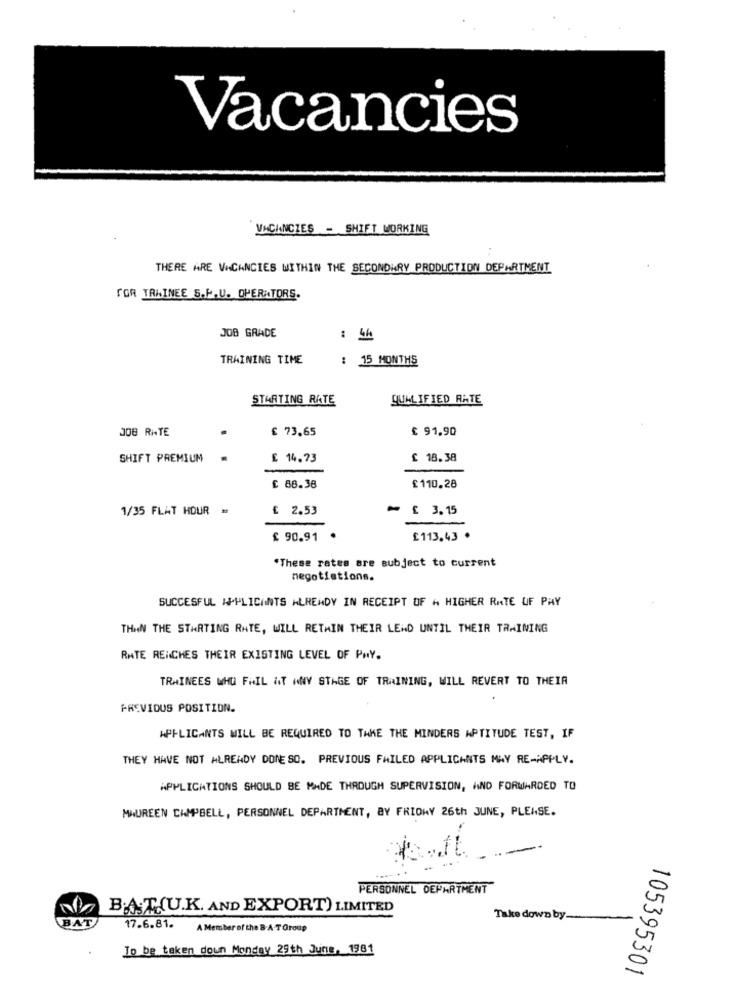
Vacancies
VACANCIES - SHIFT WORKING
THERE ARE VACANCIES WITHIN THE SECONDARY PRODUCTION DEPARTMENT
FOR TRAINEE S.P.U. OPERATORS.
JOB GRADE
: 44
TRAINING TIME
: 15 MONTHS
STARTING RATE
QUALIFIED RATE
£ 73.65
€ 91,90
JOB RATE
SHIFT PREMIUM
€ 14.73
£ 18.38
£ 88.36
£110.28
1/35 FLAT HOUR =
£ 2.53
- £ 3.15
£ 90.91
£113.43 .
*These rates are subject to current
negotiations.
SUCCESFUL APPLICANTS ALREADY IN RECEIPT OF A HIGHER RATE OF PAY
THAN THE STARTING RATE, WILL RETAIN THEIR LEND UNTIL THEIR TRAINING
RATE REICHES THEIR EXISTING LEVEL OF PAY.
TRAINEES WHO FAIL AT WNY STAGE OF TRAINING, WILL REVERT TO THEIR
PREVIOUS POSITION.
APPLICANTS WILL BE REQUIRED TO TAKE THE MINDERS APTITUDE TEST, IF
THEY HAVE NOT ALREADY DONE SO. PREVIOUS FAILED APPLICANTS MAY RE-APPLY.
APPLICATIONS SHOULD BE MADE THROUGH SUPERVISION, AND FORWARDED TO
MAUREEN CAMPBELL, PERSONNEL DEPARTMENT, BY FRIDAY 26th JUNE, PLEASE.
PERSONNEL DEPARTMENT
BAT(U.K. AND EXPORT) LIMITED
BAT
Take down by
17.6.81.
A Member of the B-A-T Group
To be taken down Monday 29th June, 1981
105395301